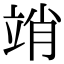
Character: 䇌